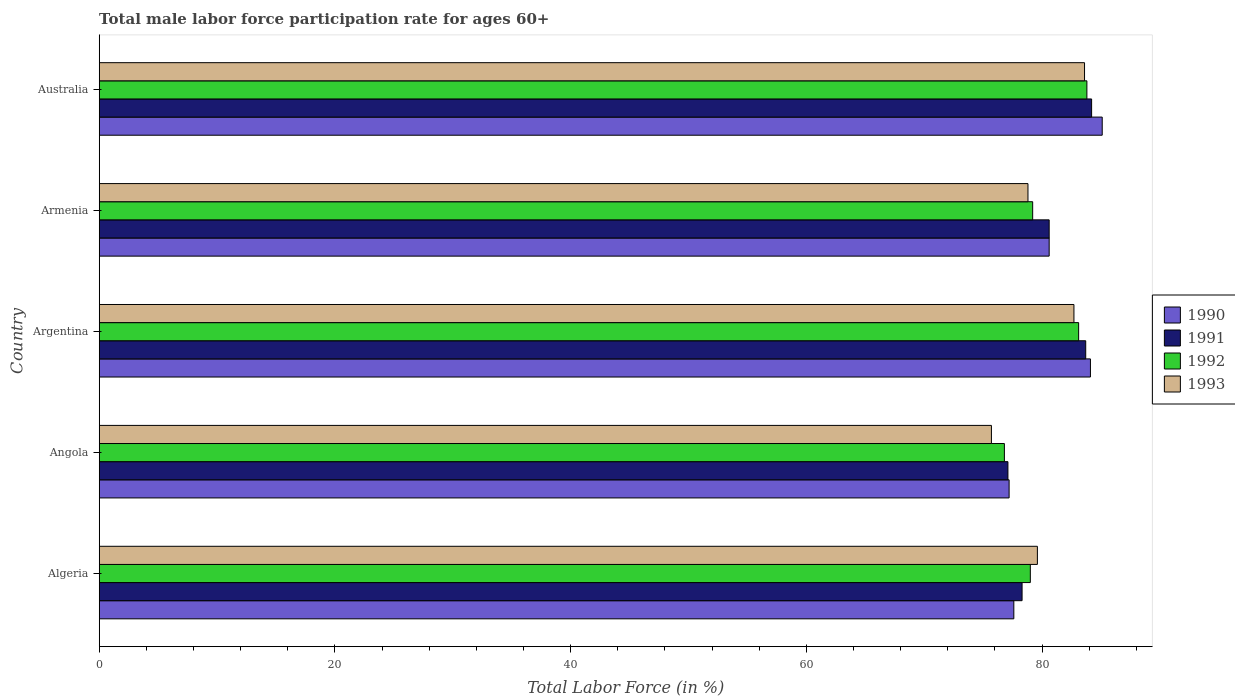
| Country | 1990 | 1991 | 1992 | 1993 |
 | --- | --- | --- | --- | --- |
 | Algeria | 77.6 | 78.3 | 79 | 79.6 |
 | Angola | 77.2 | 77.1 | 76.8 | 75.7 |
 | Argentina | 84.1 | 83.7 | 83.1 | 82.7 |
 | Armenia | 80.6 | 80.6 | 79.2 | 78.8 |
 | Australia | 85.1 | 84.2 | 83.8 | 83.6 |